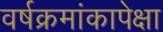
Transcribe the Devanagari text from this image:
वर्षक्रमांकापेक्षा